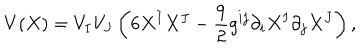
V ( X ) = V _ { I } V _ { J } \left( 6 X ^ { I } X ^ { J } - { \frac { 9 } { 2 } } { g } ^ { i j } \partial _ { i } X ^ { I } \partial _ { j } X ^ { J } \right) ,